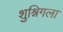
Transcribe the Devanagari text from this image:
शुश्निगला